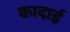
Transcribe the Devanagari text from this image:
कादाई